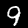
Label: 9